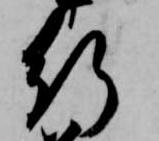
行